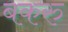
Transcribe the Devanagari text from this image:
बकरु